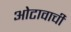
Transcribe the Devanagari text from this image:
ओटावाची